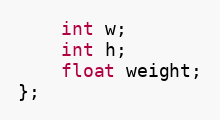
Language: C++
    int w;
    int h;
    float weight;
};